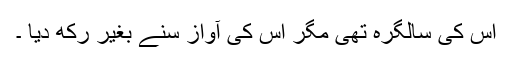
اس کی سالگرہ تھی مگر اس کی آواز سنے بغیر رکھ دیا ۔